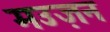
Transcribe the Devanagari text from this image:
मउज़न